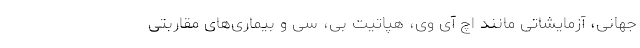
جهانی، آزمایشاتی مانند اچ آی وی، هپاتیت بی، سی و بیماری‌های مقاربتی